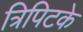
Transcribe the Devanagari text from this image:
त्रिपिटके